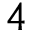
4